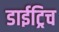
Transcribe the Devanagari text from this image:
डाईट्रिच